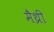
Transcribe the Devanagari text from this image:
मैथ्री